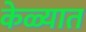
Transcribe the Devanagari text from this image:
केळ्यात